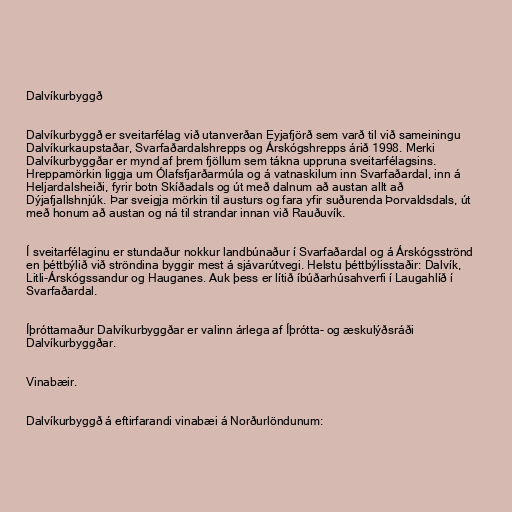
Dalvíkurbyggð

Dalvíkurbyggð er sveitarfélag við utanverðan Eyjafjörð sem varð til við sameiningu
Dalvíkurkaupstaðar, Svarfaðardalshrepps og Árskógshrepps árið 1998. Merki
Dalvíkurbyggðar er mynd af þrem fjöllum sem tákna uppruna sveitarfélagsins.
Hreppamörkin liggja um Ólafsfjarðarmúla og á vatnaskilum inn Svarfaðardal, inn á
Heljardalsheiði, fyrir botn Skíðadals og út með dalnum að austan allt að
Dýjafjallshnjúk. Þar sveigja mörkin til austurs og fara yfir suðurenda Þorvaldsdals, út
með honum að austan og ná til strandar innan við Rauðuvík.

Í sveitarfélaginu er stundaður nokkur landbúnaður í Svarfaðardal og á Árskógsströnd
en þéttbýlið við ströndina byggir mest á sjávarútvegi. Helstu þéttbýlisstaðir: Dalvík,
Litli-Árskógssandur og Hauganes. Auk þess er lítið íbúðarhúsahverfi í Laugahlíð í
Svarfaðardal.

Íþróttamaður Dalvíkurbyggðar er valinn árlega af Íþrótta- og æskulýðsráði
Dalvíkurbyggðar.

Vinabæir.

Dalvíkurbyggð á eftirfarandi vinabæi á Norðurlöndunum: